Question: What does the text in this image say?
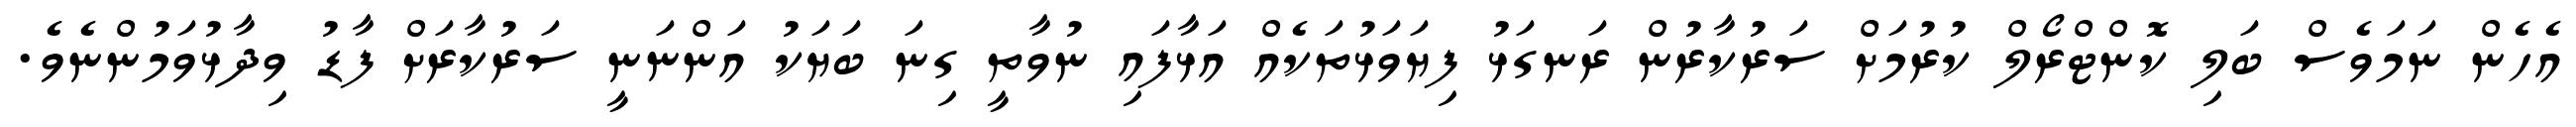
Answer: އެހެން ނަމަވެސް ބަލި ކޮންޓްރޯލް ކުރުމަށް ސަރުކާރުން ރަނގަޅު ފިޔަވަޅުތަކެއް އަޅާފައި ނުވާތީ ގިނަ ބަޔަކު އަންނަނީ ސަރުކާރަށް ފާޑު ވިދާޅުވަމުންނެވެ.